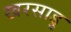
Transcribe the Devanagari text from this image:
खरसाड़ु